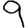
Digit: 9